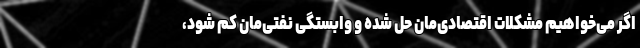
اگر می‌خواهیم مشکلات اقتصادی‌مان حل شده و وابستگی نفتی‌مان کم شود،